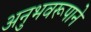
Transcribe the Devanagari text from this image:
अनुभवरूपाने